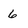
Character: 6